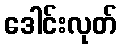
ဒေါင်းလုတ်